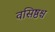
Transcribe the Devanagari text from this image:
वसिष्ठश्च